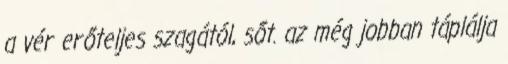
a vér erőteljes szagától, sőt. az még jobban táplálja